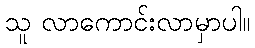
သူ လာကောင်းလာမှာပါ။